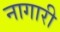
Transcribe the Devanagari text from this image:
नागारी